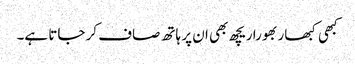
کبھی کبھار بھورا ریچھ بھی ان پر ہاتھ صاف کر جاتا ہے۔